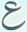
ع